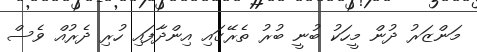
މަންޒަރު ދުން މީހަކު ބުނީ ބުރު ތެރޭގައި އިންދާފައި ހުރި ދެރުއް ވެސް